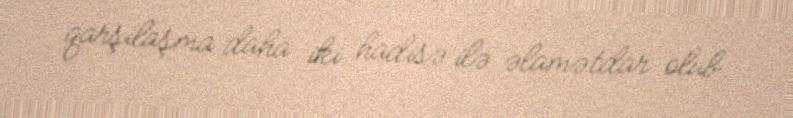
qarşılaşma daha iki hadisə ilə əlamətdar olub.